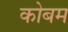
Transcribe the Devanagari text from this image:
कोबम